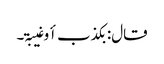
قال: بکذب أو غیبۃ۔